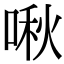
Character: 啾